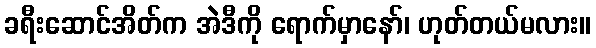
ခရီးဆောင်အိတ်က အဲဒီကို ရောက်မှာနော်၊ ဟုတ်တယ်မလား။